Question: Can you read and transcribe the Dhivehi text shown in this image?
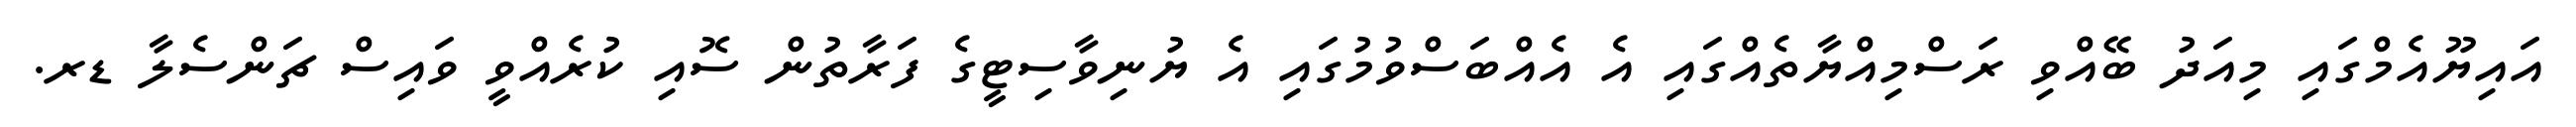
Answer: އައިޔޫއެމްގައި މިއަދު ބޭއްވި ރަސްމިއްޔާތެއްގައި އެ އެއްބަސްވުމުގައި އެ ޔުނިވާސިޓީގެ ފަރާތުން ސޮއި ކުރެއްވީ ވައިސް ޗަންސެލާ ޑރ.